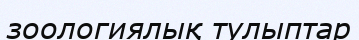
зоологиялық тулыптар